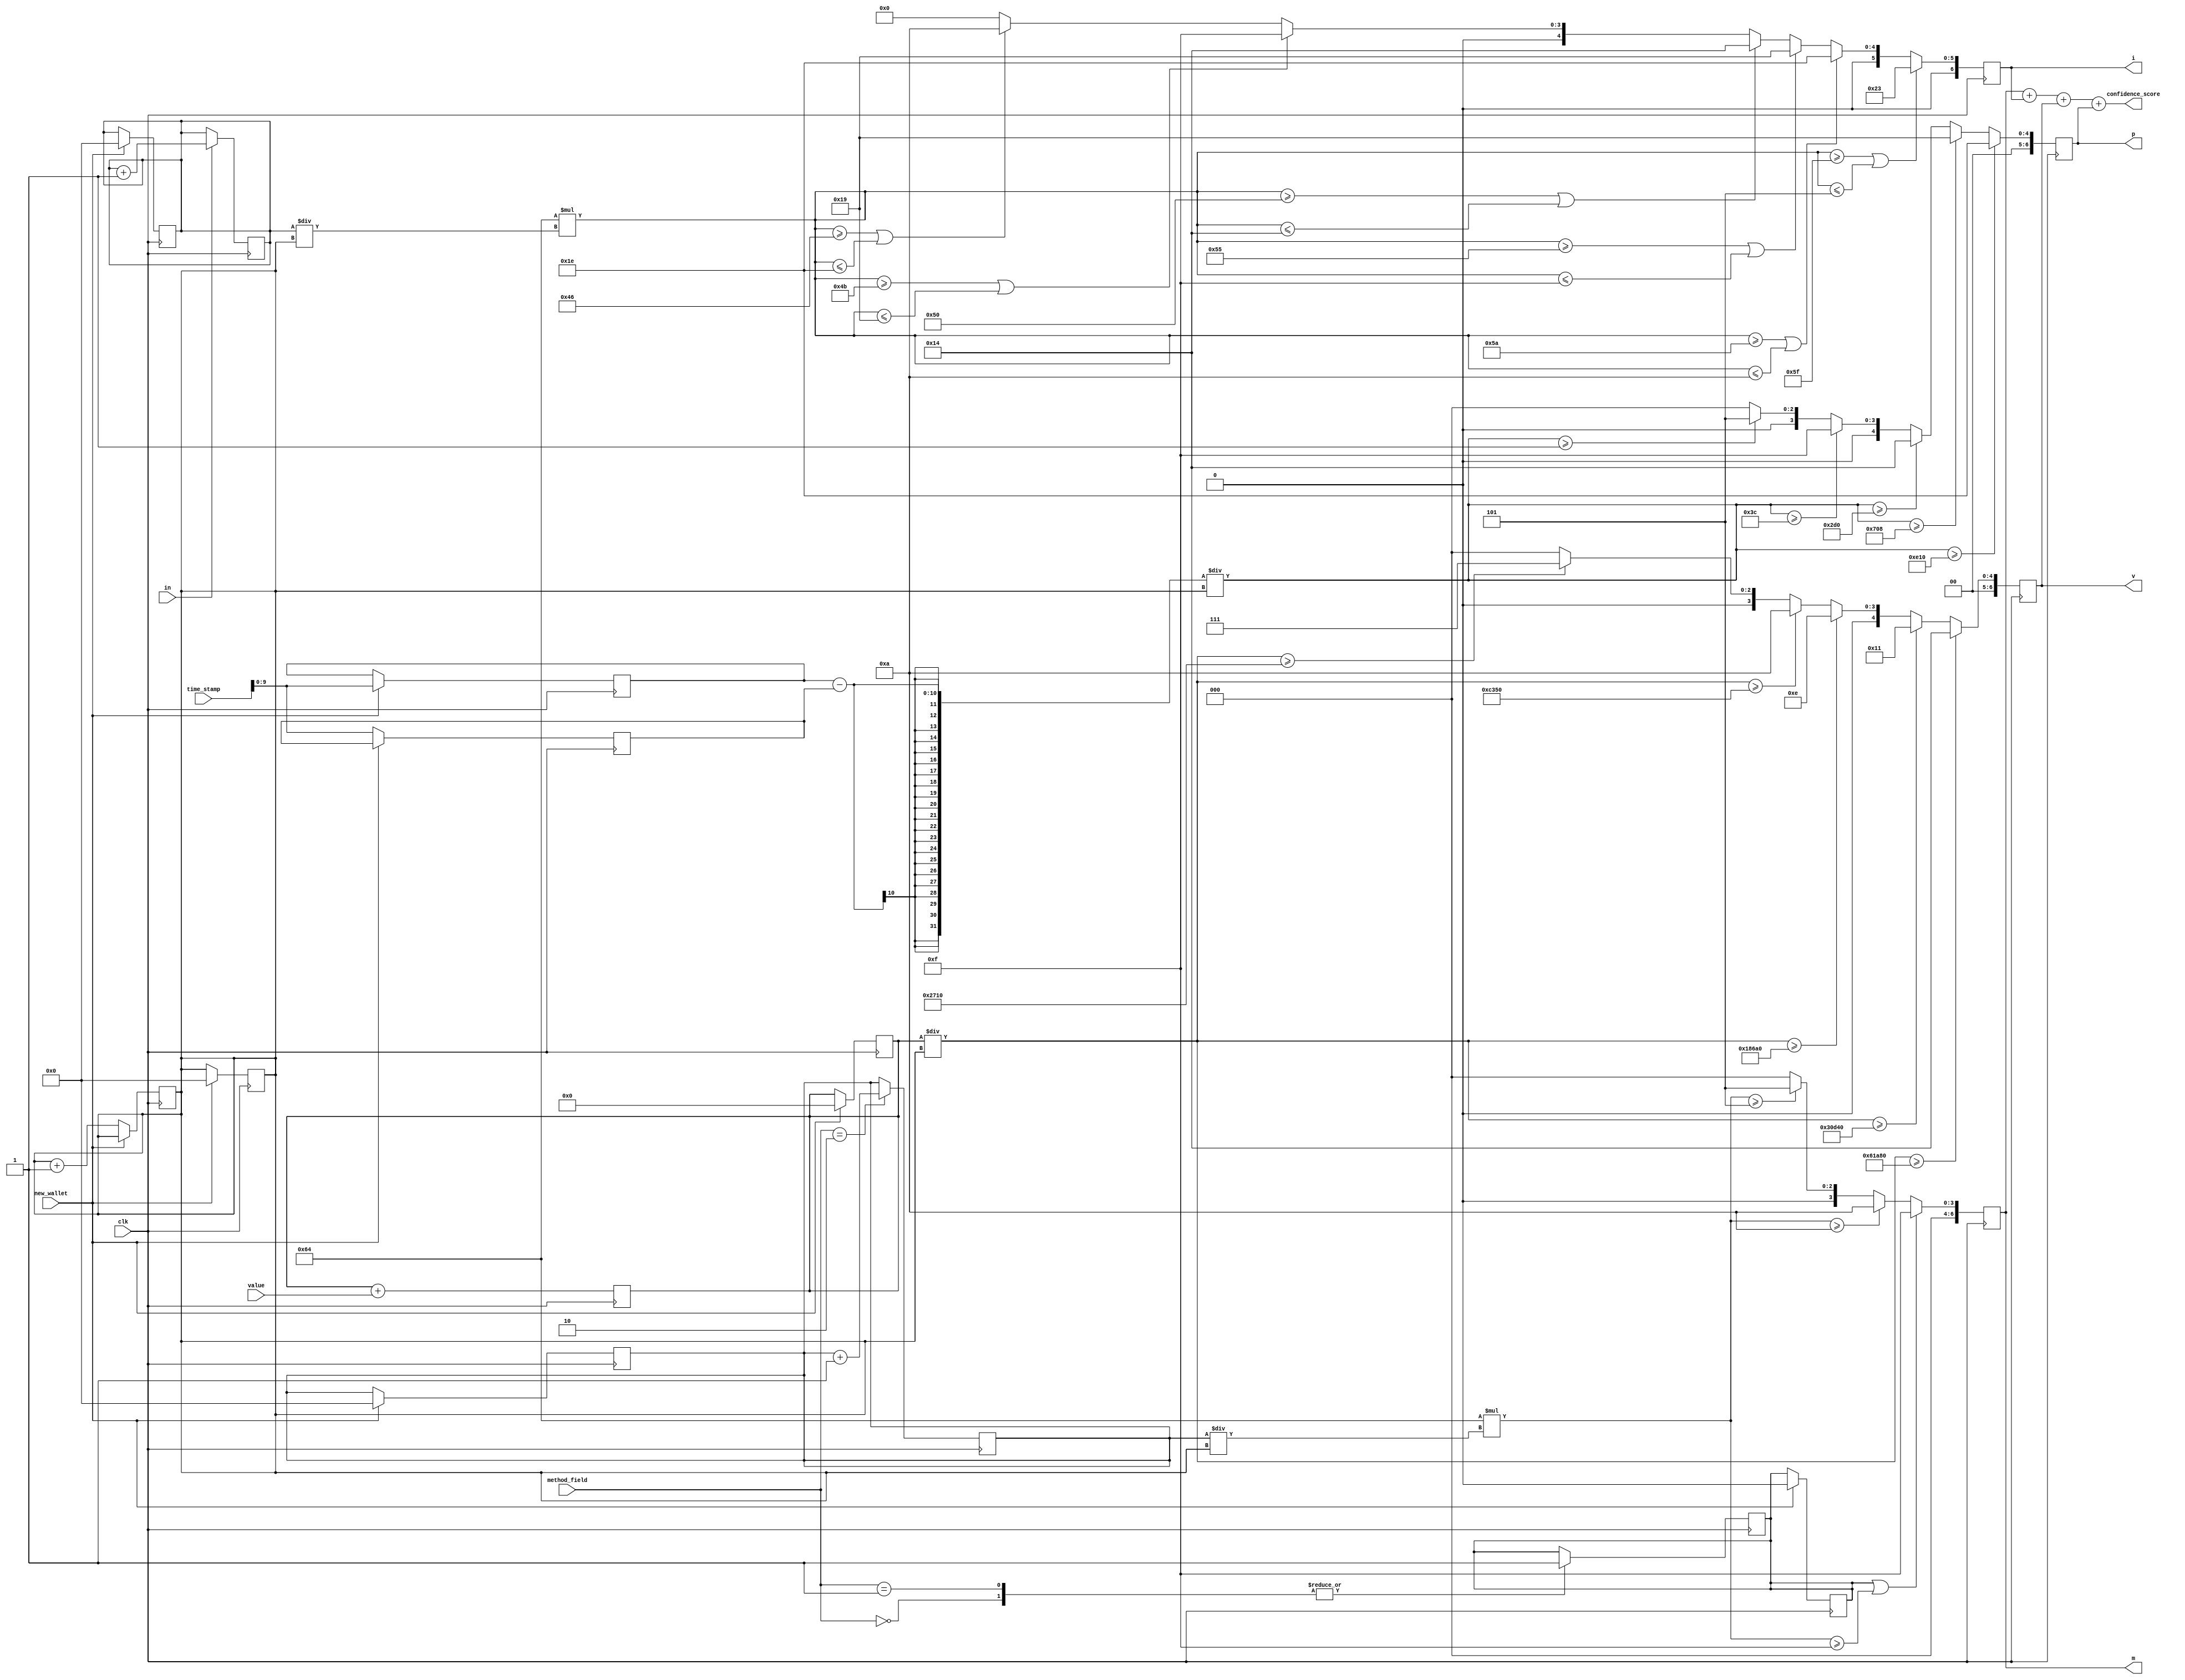
module transactiontracing (
input  clk,
input [30:0] time_stamp,
input in,
input [1:0]method_field,
input [19:0]value,
input new_wallet,
  output reg [6:0] confidence_score,
  output reg [6:0] m, i, v, p
    );
   
   reg [6:0] moving_method;
   reg method_indicator;
   reg [6:0] moving_in;
   reg [63:0] moving_avg_value;
   reg [9:0] start_time, end_time;
   reg [6:0] total_running_sum;
   reg [6:0] m, i, v, p;



   
parameter  tether = 2'b00, monero = 2'b01, other_method = 2'b10;


//initialize
initial begin
    moving_method = 0;
    method_indicator=0;
    total_running_sum =0;
    moving_in=0;
end


//method
always @(posedge clk) begin
    case (method_field)
    tether: begin
        method_indicator <= 1;
    end
    monero: begin
        method_indicator <= 1;
    end
    other_method: begin
        moving_method <= moving_method+1;
    end
    endcase
end


//in/out ratio
always @(posedge clk) begin
    case (in)
    1: begin
        moving_in<=moving_in+1;
    end
    endcase
end


 //value
  // value threshold each degree
    reg [13:0]value_degree1 = 14'b10011100010000;
    reg [15:0]value_degree2 = 16'b1100001101010000;
    reg [16:0]value_degree3 = 17'b11000011010100000;
    reg [17:0]value_degree4 = 18'b110000110101000000;
    reg [18:0]value_degree5 = 19'b1100001101010000000;
    reg [2:0] value_indicator;

always @(posedge clk) begin
    moving_avg_value <= moving_avg_value + value;
    end
   

//period and calculate confidence score
always @(posedge clk) begin
  if (new_wallet == 0) begin
    end_time <= time_stamp;
    total_running_sum <= total_running_sum +1;
  end
end
 
 
 always @(posedge clk) begin
        if(method_indicator == 1 || 100*(moving_method/total_running_sum) >= 15)
            m <= 15;
        else if (100*(moving_method/total_running_sum) >= 10)
            m <= 10;
        else if (100*(moving_method/total_running_sum) >= 5)
            m <= 5;
        else
            m<=0;
 end
       


//inout ratio
  always @(posedge clk) begin
        if(100*(moving_in/total_running_sum) >= 95 || 100*(moving_in/total_running_sum) <= 5 )
            i <= 35;
        else if (100*(moving_in/total_running_sum) >= 90 || 100*(moving_in/total_running_sum) <= 10)
            i <= 30;
        else if (100*(moving_in/total_running_sum) >= 85|| 100*(moving_in/total_running_sum) <= 15 )
            i <= 25;
        else if (100*(moving_in/total_running_sum) >= 80 || 100*(moving_in/total_running_sum) <= 20 )
            i <= 20;
        else if (100*(moving_in/total_running_sum) >= 75 || 100*(moving_in/total_running_sum) <= 25 )
            i <= 15;
        else if (100*(moving_in/total_running_sum) >= 70 || 100*(moving_in/total_running_sum) <= 30)
            i <= 10;
        else
            i<=0;
  end



//value
  always @(posedge clk) begin
        if(moving_avg_value/total_running_sum >= value_degree5)
            v <= 20;
        else if (moving_avg_value/total_running_sum >= value_degree4)
            v <= 17;
        else if (moving_avg_value/total_running_sum >= value_degree3)
            v <= 14;
        else if (moving_avg_value/total_running_sum >= value_degree2)
            v <= 10;
        else if (moving_avg_value/total_running_sum >= value_degree1)
            v <= 7;
        else
            v <=0;
  end

//frequency
  always @(posedge clk) begin
        if((start_time-end_time)/total_running_sum >= 3600)
            p <= 30;
        else if ((start_time-end_time)/total_running_sum >= 1800)
            p <= 25;
        else if ((start_time-end_time)/total_running_sum >= 720)
            p <= 20;
        else if ((start_time-end_time)/total_running_sum >= 60)
            p <= 15;
        else if ((start_time-end_time)/total_running_sum >= 1)
            p <= 5;
        else
            p <=0;
  end
 
 
 
   always @(posedge clk)begin
     if (new_wallet == 1) begin
     method_indicator <= 0;
     moving_method <=0;
   end
   end
 
  always @(posedge clk)begin
    if (new_wallet == 1) begin
     moving_avg_value <=0;
   end
  end
 
  always @(posedge clk)begin
    if (new_wallet == 1) begin
     moving_in <=0;
   end
  end
 
   always @(posedge clk)begin
     if (new_wallet == 1) begin
     start_time <=time_stamp;
   end  
   end
 
   always @(posedge clk)begin
     if (new_wallet == 1) begin
     total_running_sum<=0;
   end
   end
       
 
 
   always @(m, v, i , p)begin
    confidence_score <= m+i+v+p;
   end
 
           
       

endmodule